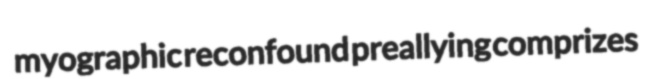
myographic reconfound preallying comprizes